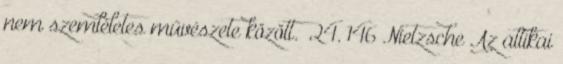
nem szemléletes művészete között.” 24. 146 Nietzsche Az attikai